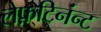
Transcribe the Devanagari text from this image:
लेफ़्टिनंन्ट